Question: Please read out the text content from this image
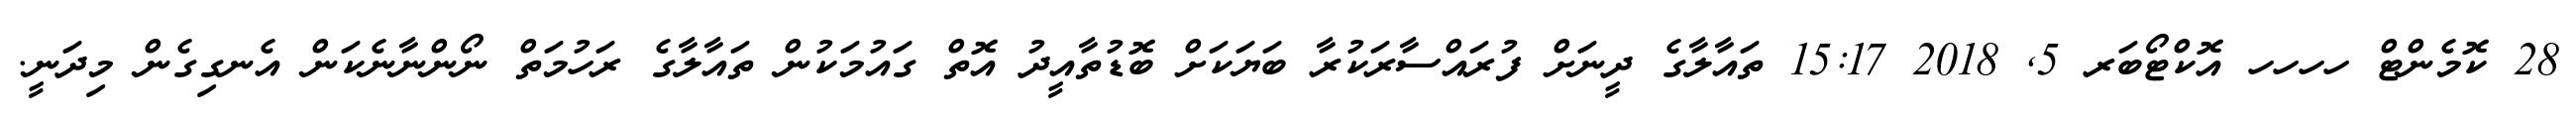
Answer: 28 ކޮމެންޓް ހހހހ އޮކްޓޯބަރ 5, 2018 15:17 ތައާލާގެ ދީނަށް ފުރައްސާރަކުރާ ބަޔަކަށް ބޮޑުތާއީދު އޮތް ގައުމަކުން ތައާލާގެ ރަހުމަތް ނޯންނާނެކަން އެނގިގެން މިދަނީ.